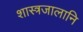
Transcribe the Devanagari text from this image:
शास्त्रजालानि